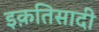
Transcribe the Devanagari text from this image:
इक़तिसादी